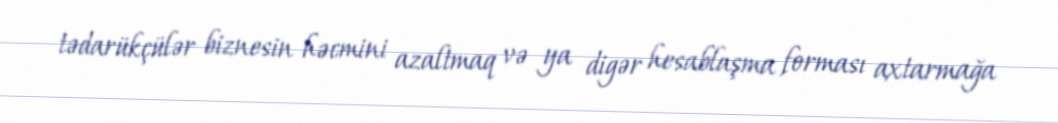
tədarükçülər biznesin həcmini azaltmaq və ya digər hesablaşma forması axtarmağa